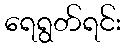
ရေရွတ်ရင်း